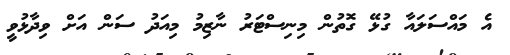
އެ މައްސަލައާ ގުޅޭ ގޮތުން މިނިސްޓަރު ނާޒިމު މިއަދު ސަން އަށް ވިދާޅުވީ